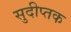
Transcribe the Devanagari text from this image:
सुदीप्तक